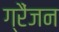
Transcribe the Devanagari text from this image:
ग्रैंजन